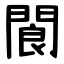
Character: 閬